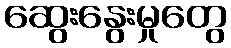
ဆွေးနွေးမှုတွေ